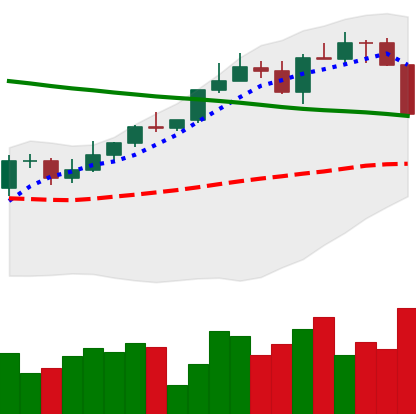
Ticker: ETH-USD
Chart end date: 2022-04-06
Forward return: -6.011%
Label: down_5_7